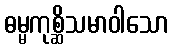
ဓမ္မကုစ္ဆိသမာဝါသော